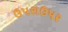
ઉપરાઉપર